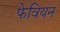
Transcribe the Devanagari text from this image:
फेवियन